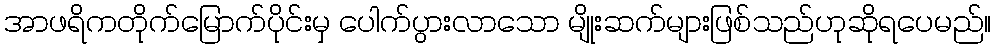
အာဖရိကတိုက်မြောက်ပိုင်းမှ ပေါက်ပွားလာသော မျိုးဆက်များဖြစ်သည်ဟုဆိုရပေမည်။